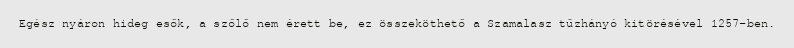
Egész nyáron hideg esők, a szőlő nem érett be, ez összeköthető a Szamalasz tűzhányó kitörésével 1257-ben.